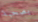
بصحبة